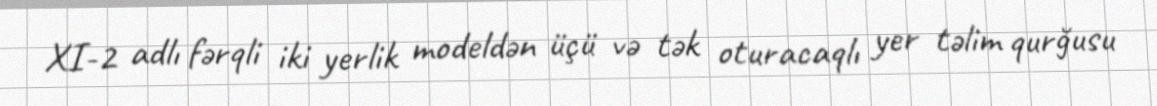
XI-2 adlı fərqli iki yerlik modeldən üçü və tək oturacaqlı yer təlim qurğusu